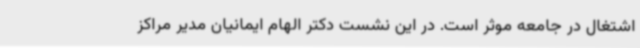
اشتغال در جامعه موثر است. در این نشست دکتر الهام ایمانیان مدیر مراکز